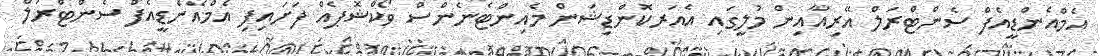
އެމްއެންޑީއެފް ސެންޓްރަލް އޭރިއާއިން މުލީގައި އެއަރކޮންޑިޝަން މެއިންޓެނެންސް ވޯކްޝޮޕެއް ފަށައިފި އެމްއެންޑީއެފް ސެންޓްރަލް